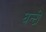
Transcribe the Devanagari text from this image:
घन्टी